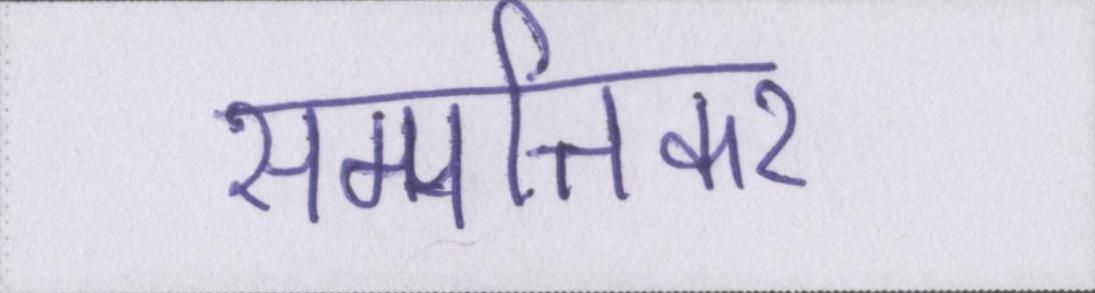
सम्पत्तिकर